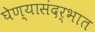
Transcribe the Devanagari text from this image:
घेण्यासंदर्भात